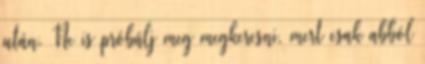
után. Ne is próbálj meg megkeresni, mert csak abból